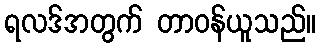
ရလဒ်အတွက် တာဝန်ယူသည်။